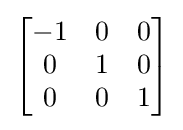
{\begin{bmatrix}-1&0&0\\0&1&0\\0&0&1\end{bmatrix}}